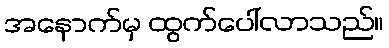
အနောက်မှ ထွက်ပေါ်လာသည်။